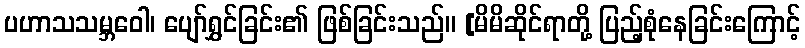
ပဟာသသမ္ဘဝေါ၊ ပျော်ရွှင်ခြင်း၏ ဖြစ်ခြင်းသည်။ [မိမိဆိုင်ရာတို့ ပြည့်စုံနေခြင်းကြောင့်